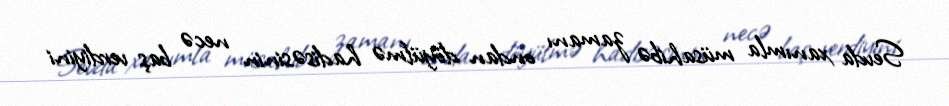
Sevda xanımla müsahibə zamanı ondan döyülmə hadisəsinin necə baş verdiyini